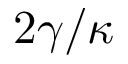
2 \gamma / \kappa